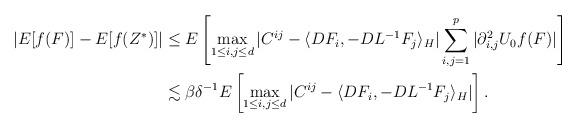
LaTeX: \begin{align*}|E[f(F)]-E[f(Z^*)]|&\leq E\left[\max_{1\leq i,j\leq d}|C^{ij}-\langle DF_i,-DL^{-1}F_j\rangle_H|\sum_{i,j=1}^p|\partial^2_{i,j}U_0f(F)|\right]\\&\lesssim\beta\delta^{-1}E\left[\max_{1\leq i,j\leq d}|C^{ij}-\langle DF_i,-DL^{-1}F_j\rangle_H|\right].\end{align*}